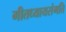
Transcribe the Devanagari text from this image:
गीतध्यायसंगति